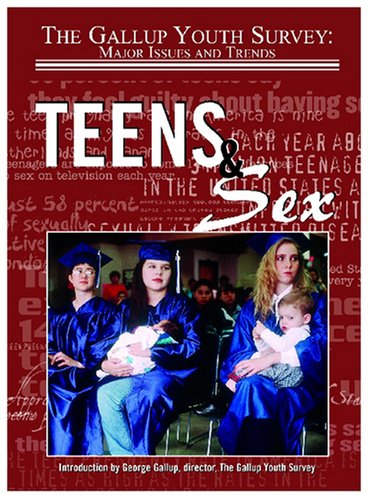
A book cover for Teens & Sex (Gallup Youth Survey: Major Issues and Trends); Hal Marcovitz; Teen & Young Adult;